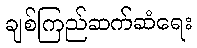
ချစ်ကြည်ဆက်ဆံရေး